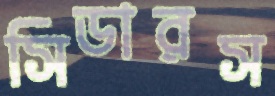
সিডারস